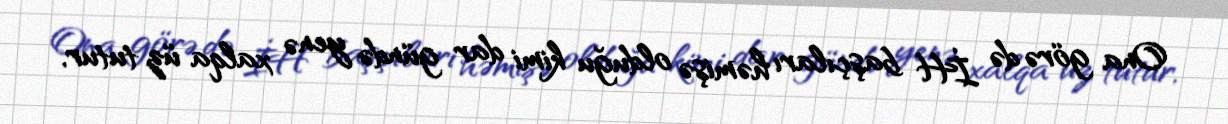
Ona görə də İH başçıları həmişə olduğu kimi dar gündə yenə xalqa üz tutur,